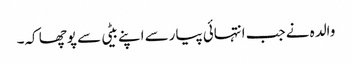
والدہ نے جب انتہائی پیارسے اپنے بیٹی سے پوچھا کہ۔